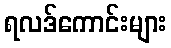
ရလဒ်ကောင်းများ